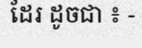
ដែរ ដូចជា ៖ -